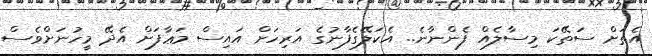
އެތަށް ސަތޭކަ މިސާލެއް ފެންނާނެ.. އެކަލޭގެފާނުގެ އަރިހަށް އައިސް މަޢާފަށް އެދޭ މީހުނަށްވެސް